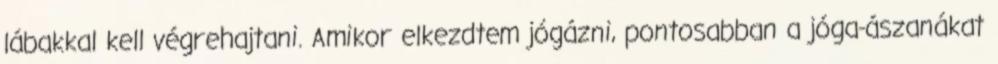
lábakkal kell végrehajtani. Amikor elkezdtem jógázni, pontosabban a jóga-ászanákat